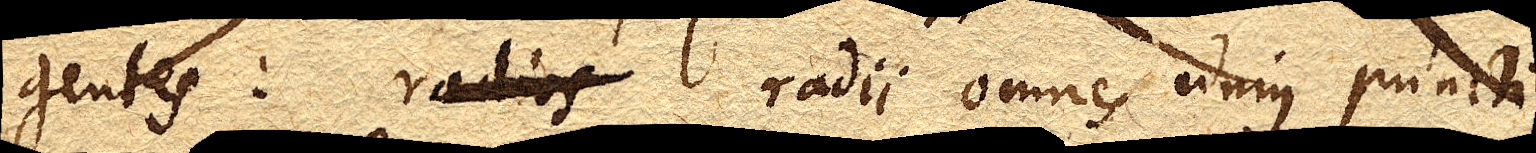
gentes: radiis radii omnes unius puncti